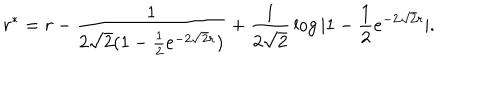
r ^ { * } = r - { \frac { 1 } { 2 \sqrt 2 ( 1 - { \frac { 1 } { 2 } } e ^ { - 2 \sqrt 2 r } ) } } + { \frac { 1 } { 2 \sqrt 2 } } \log | 1 - { \frac { 1 } { 2 } } e ^ { - 2 \sqrt 2 r } | .